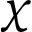
\chi